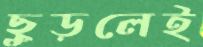
ছুড়লেই